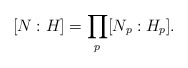
\begin{align*} [N:H]=\prod_p[N_p:H_p]. \end{align*}